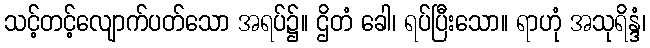
သင့်တင့်လျောက်ပတ်သော အရပ်၌။ ဌိတံ ခေါ၊ ရပ်ပြီးသော။ ရာဟုံ အသုရိန္ဒံ၊